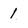
Character: 1